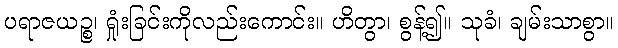
ပရာဇယဉ္စ၊ ရှုံးခြင်းကိုလည်းကောင်း။ ဟိတွာ၊ စွန့်၍။ သုခံ၊ ချမ်းသာစွာ။